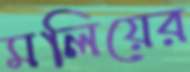
মলিয়ের